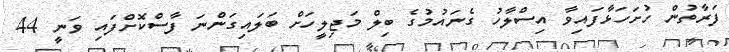
ފަރާތުން ހުށަހަޅާފައިވާ އިސްލާހު ގެނައުމުގެ ބިލް މަޖިލީހަށް ބަލައިގަންނަ ފާސްކޮށްފައި ވަނީ 44